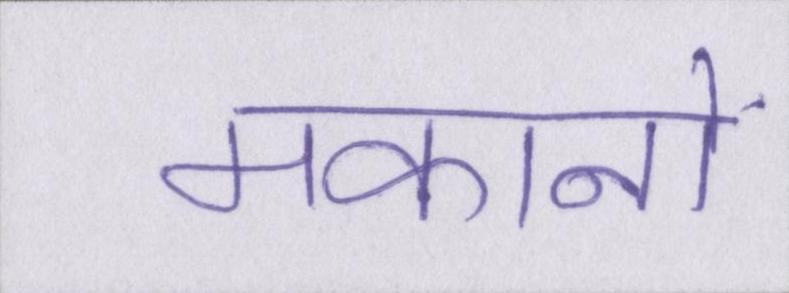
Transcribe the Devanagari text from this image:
मकानों